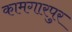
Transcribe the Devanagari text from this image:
कामगारपुर